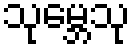
သုမ္ဘေသု